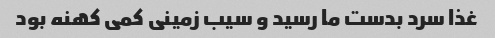
غذا سرد بدست ما رسید و سیب زمینی کمی کهنه بود